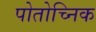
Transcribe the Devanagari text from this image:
पोतोच्निक